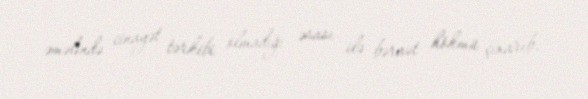
əməlində cinayət tərkibi olmadığı əsası ilə bəraət hökmü çıxarıb.